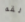
ألقه